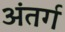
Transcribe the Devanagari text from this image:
अंतर्ग